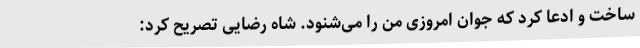
ساخت و ادعا کرد که جوان امروزی من را می‌شنود. شاه رضایی تصریح کرد: